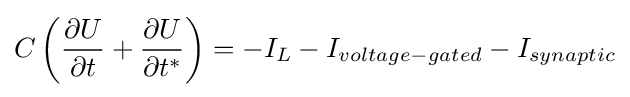
C\left({\partial U \over \partial t}+{\partial U \over \partial t^{*}}\right)=-I_{L}-I_{voltage-gated}-I_{synaptic}